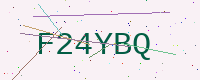
Text: F24YBQ